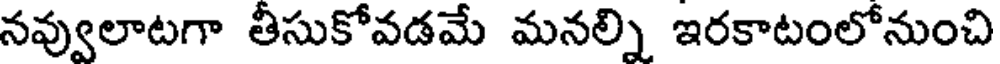
నవ్వులాటగా తీసుకోవడమే మనల్ని ఇరకాటంలోనుంచి